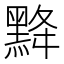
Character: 𪐿